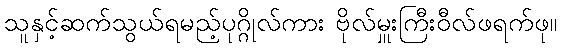
သူနှင့်ဆက်သွယ်ရမည့်ပုဂ္ဂိုလ်ကား ဗိုလ်မှူးကြီးဝီလ်ဖရက်ဖု။